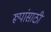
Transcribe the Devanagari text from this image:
रूपांसाठी